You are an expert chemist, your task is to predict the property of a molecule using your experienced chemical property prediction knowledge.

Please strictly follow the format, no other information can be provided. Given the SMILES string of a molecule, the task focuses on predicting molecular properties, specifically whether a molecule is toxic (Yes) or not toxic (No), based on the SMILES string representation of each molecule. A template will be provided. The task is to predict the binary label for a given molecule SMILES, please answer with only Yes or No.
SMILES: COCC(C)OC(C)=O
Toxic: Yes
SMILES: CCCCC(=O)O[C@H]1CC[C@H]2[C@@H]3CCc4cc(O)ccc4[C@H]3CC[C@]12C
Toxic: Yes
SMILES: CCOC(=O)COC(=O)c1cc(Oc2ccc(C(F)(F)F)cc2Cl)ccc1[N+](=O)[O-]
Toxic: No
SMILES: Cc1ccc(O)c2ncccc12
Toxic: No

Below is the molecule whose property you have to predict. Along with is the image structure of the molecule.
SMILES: Nc1ccc2cc(S(=O)(=O)O)ccc2c1
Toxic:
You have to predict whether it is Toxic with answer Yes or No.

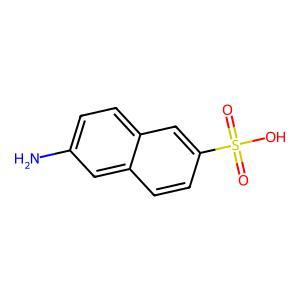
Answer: No